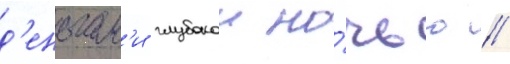
д'еньгам'и глубокои но́чью /